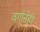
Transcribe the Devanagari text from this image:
वर्गानेही